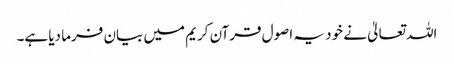
اللہ تعالیٰ نے خود یہ اصول قرآن کریم میں بیان فرما دیا ہے۔